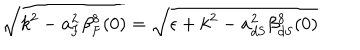
LaTeX: \sqrt { k ^ { 2 } - a _ { \mathrm { F } } ^ { 2 } \beta _ { \mathrm { F } } ^ { 8 } ( 0 ) } = \sqrt { \epsilon + k ^ { 2 } - a _ { \mathrm { d S } } ^ { 2 } \beta _ { \mathrm { d S } } ^ { 8 } ( 0 ) }